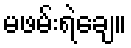
မဖမ်းရဲချေ။